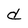
Character: d